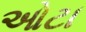
ઓટા